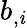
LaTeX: b_{,\mathit{i}}